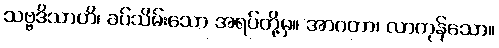
သဗ္ဗဒိသာဟိ၊ ခပ်သိမ်းသော အရပ်တို့မှ။ အာဂတာ၊ လာကုန်သော။